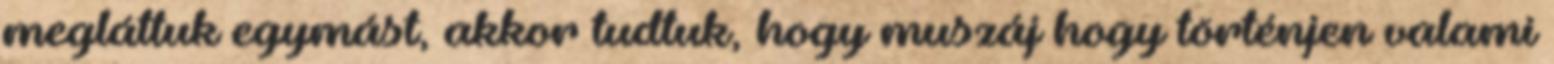
megláttuk egymást, akkor tudtuk, hogy muszáj hogy történjen valami